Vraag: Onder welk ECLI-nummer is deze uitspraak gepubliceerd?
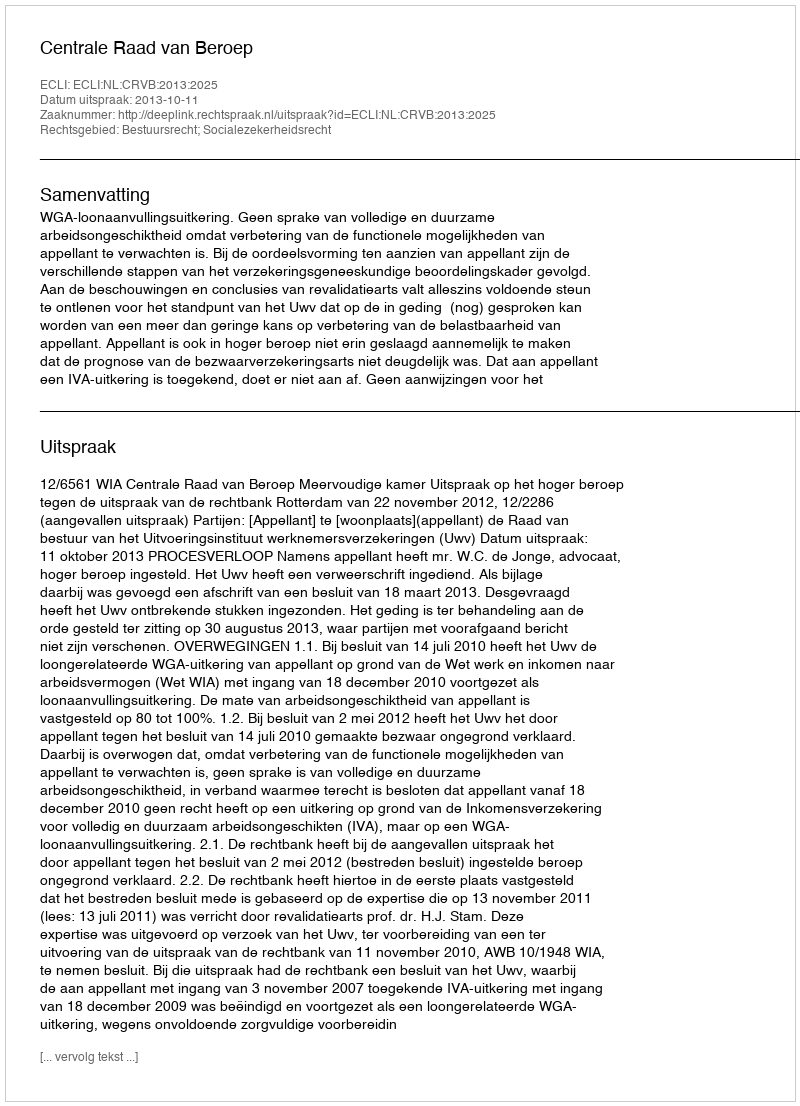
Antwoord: ECLI:NL:CRVB:2013:2025